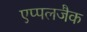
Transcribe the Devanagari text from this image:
एप्पलजैक